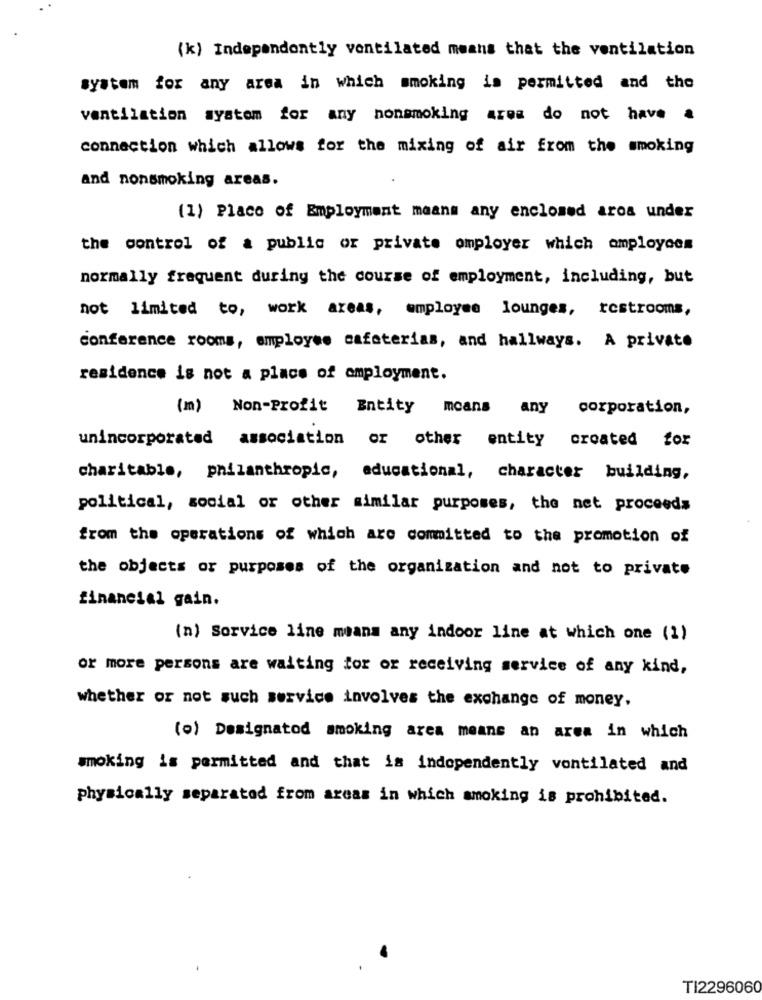
(k) Independently ventilated means that the ventilation
system for any area in which smoking is permitted and the
ventilation system for any nonsmoking area do not have a
connection which allows for the mixing of air from the smoking
and nonsmoking areas.
(1) Placo of Employment means any enclosed aros under
the control of a public or private omployer which employees
normally frequent during the course of employment, including, but
not limited to, work areas, employee lounges, restrooms,
conference rooms, employee cafeterias, and hallways. A private
residence is not a place of employment.
(m) Non-Profit Entity moans any corporation,
unincorporated association or other entity created for
charitable, philanthropic, educational, character building,
political, social or other similar purposes, the net proceeds
from the operations of which are committed to the promotion of
the objects or purposes of the organization and not to private
financial gain.
(n) Service line means any indoor line at which one (1)
or more persons are waiting for or receiving service of any kind,
whether or not such service involves the exchange of money.
(o) Designatod smoking area means an area in which
smoking is permitted and that is independently vontilated and
physically separated from areas in which smoking is prohibited.
TI2296060